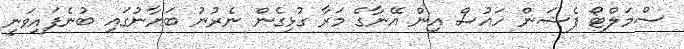
ސްމަލްޓޯ ފެޝަން ހައުސް އިން އޭނާގެ މަރާ ގުޅިގެން ނެރުނު ބަޔާނުގައި ބުނެފައިވަނީ